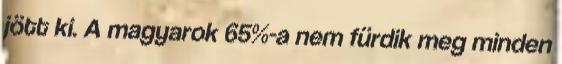
jött ki. A magyarok 65%-a nem fürdik meg minden